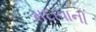
મદાવાની